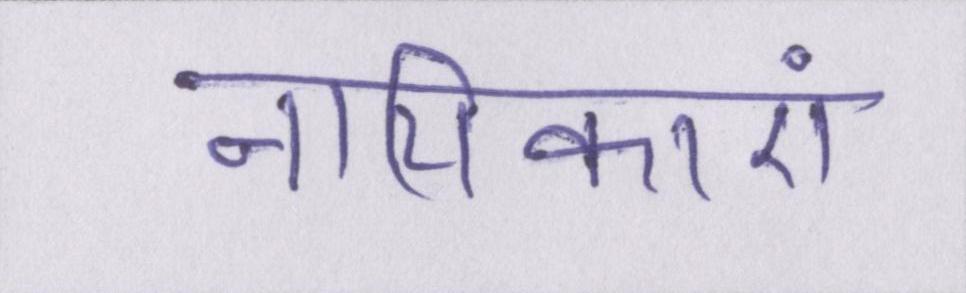
नायिकाएं